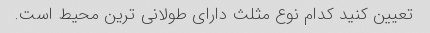
تعیین کنید کدام نوع مثلث دارای طولانی ترین محیط است.